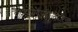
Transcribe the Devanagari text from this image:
डीहाइड्रोटेस्टोस्टेरोन